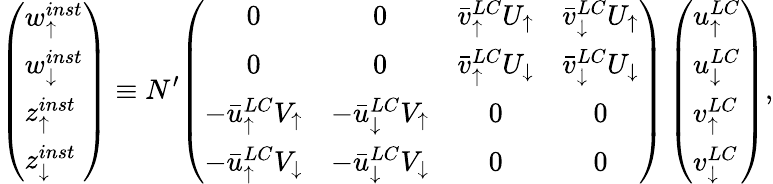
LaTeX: \left(\begin{array}{l}{{w_{\uparrow}^{inst}}}\\ {{w_{\downarrow}^{inst}}}\\ {{z_{\uparrow}^{inst}}}\\ {{z_{\downarrow}^{inst}}}\end{array}\right)\equiv N^{\prime}{\left(\begin{array}{cccc}{{0}}&{{0}}&{{\bar{v}_{\uparrow}^{LC}U_{\uparrow}}}&{{\bar{v}_{\downarrow}^{LC}U_{\uparrow}}}\\ {{0}}&{{0}}&{{\bar{v}_{\uparrow}^{LC}U_{\downarrow}}}&{{\bar{v}_{\downarrow}^{LC}U_{\downarrow}}}\\ {{-\bar{u}_{\uparrow}^{LC}V_{\uparrow}}}&{{-\bar{u}_{\downarrow}^{LC}V_{\uparrow}}}&{{0}}&{{0}}\\ {{-\bar{u}_{\uparrow}^{LC}V_{\downarrow}}}&{{-\bar{u}_{\downarrow}^{LC}V_{\downarrow}}}&{{0}}&{{0}}\end{array}\right)}\left(\begin{array}{l}{{u_{\uparrow}^{LC}}}\\ {{u_{\downarrow}^{LC}}}\\ {{v_{\uparrow}^{LC}}}\\ {{v_{\downarrow}^{LC}}}\end{array}\right),